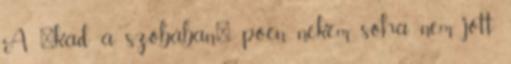
A "kád a szobában" poén nekem soha nem jött